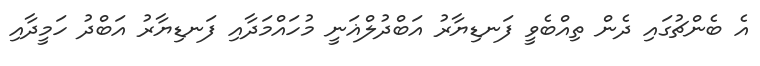
އެ ބެންޗުގައި ދެން ތިއްބެވީ ފަނޑިޔާރު އަބްދުލްޣަނީ މުހައްމަދާއި ފަނޑިޔާރު އަބްދު ހަމީދާއި